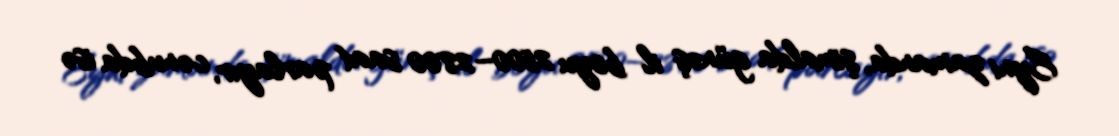
Eyni zamanda, şimalda günəş il boyu 2500–2800 saat parlayır, cənubda isə